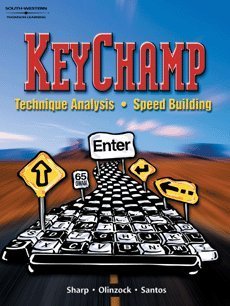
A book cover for KeyChamp 2.0 (with CD-ROM); Walter M. Sharp; Business & Money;